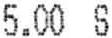
5.00 S